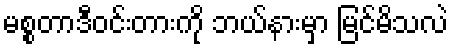
မစ္စတာဒီဝင်းတားကို ဘယ်နားမှာ မြင်မိသလဲ